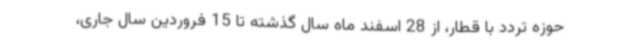
حوزه تردد با قطار، از 28 اسفند ماه سال گذشته تا 15 فروردین سال جاری،